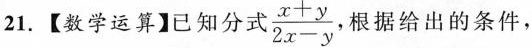
21.【数学运算】已知分式\frac{x+y}{2x-y},根据给出的条件，